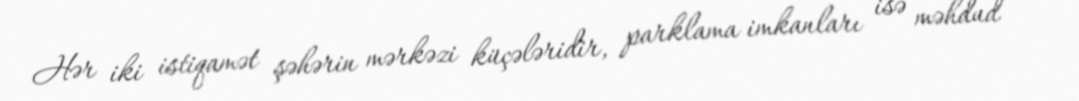
Hər iki istiqamət şəhərin mərkəzi küçələridir, parklama imkanları isə məhdud